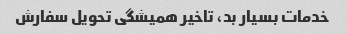
خدمات بسیار بد، تاخیر همیشگی تحویل سفارش